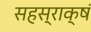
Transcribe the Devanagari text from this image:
सहस्राक्षं